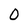
Character: 0